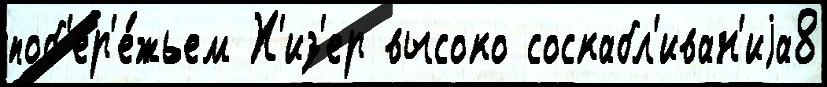
поб'ер'е́жьем Х'из'ер высоко соскабл'иван'иjа8